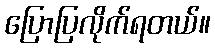
ပြောပြလိုက်ရတယ်။